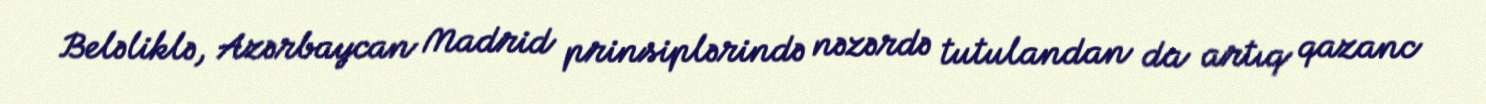
Beləliklə, Azərbaycan Madrid prinsiplərində nəzərdə tutulandan da artıq qazanc